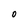
Character: O